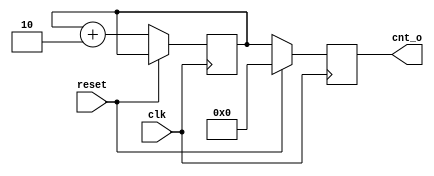
`timescale 1ns / 1ps
//////////////////////////////////////////////////////////////////////////////////
// Company: 
// Engineer: 
// 
// Design Name: 
// Module Name: odd_counter_day5
// Project Name: 
// Target Devices: 
// Tool Versions: 
// Description: 
// 
// Dependencies: 
// 
// Revision:
// Revision 0.01 - File Created
// Additional Comments:
// 
//////////////////////////////////////////////////////////////////////////////////


module odd_counter_day5(
input wire clk, reset,
output reg [7:0] cnt_o
    );
    reg [7:0] counter = 1;
    always @(posedge clk)
    begin
    if (reset)
    begin
    cnt_o <= 0;
    end
    else
    begin
    counter <= counter + 2;
    cnt_o <= counter;
    end
    end
endmodule